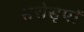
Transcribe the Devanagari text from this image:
सरोसृपों